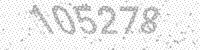
Solution: 105278